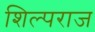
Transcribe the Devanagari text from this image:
शिल्पराज